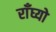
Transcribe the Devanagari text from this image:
राँघ्यो